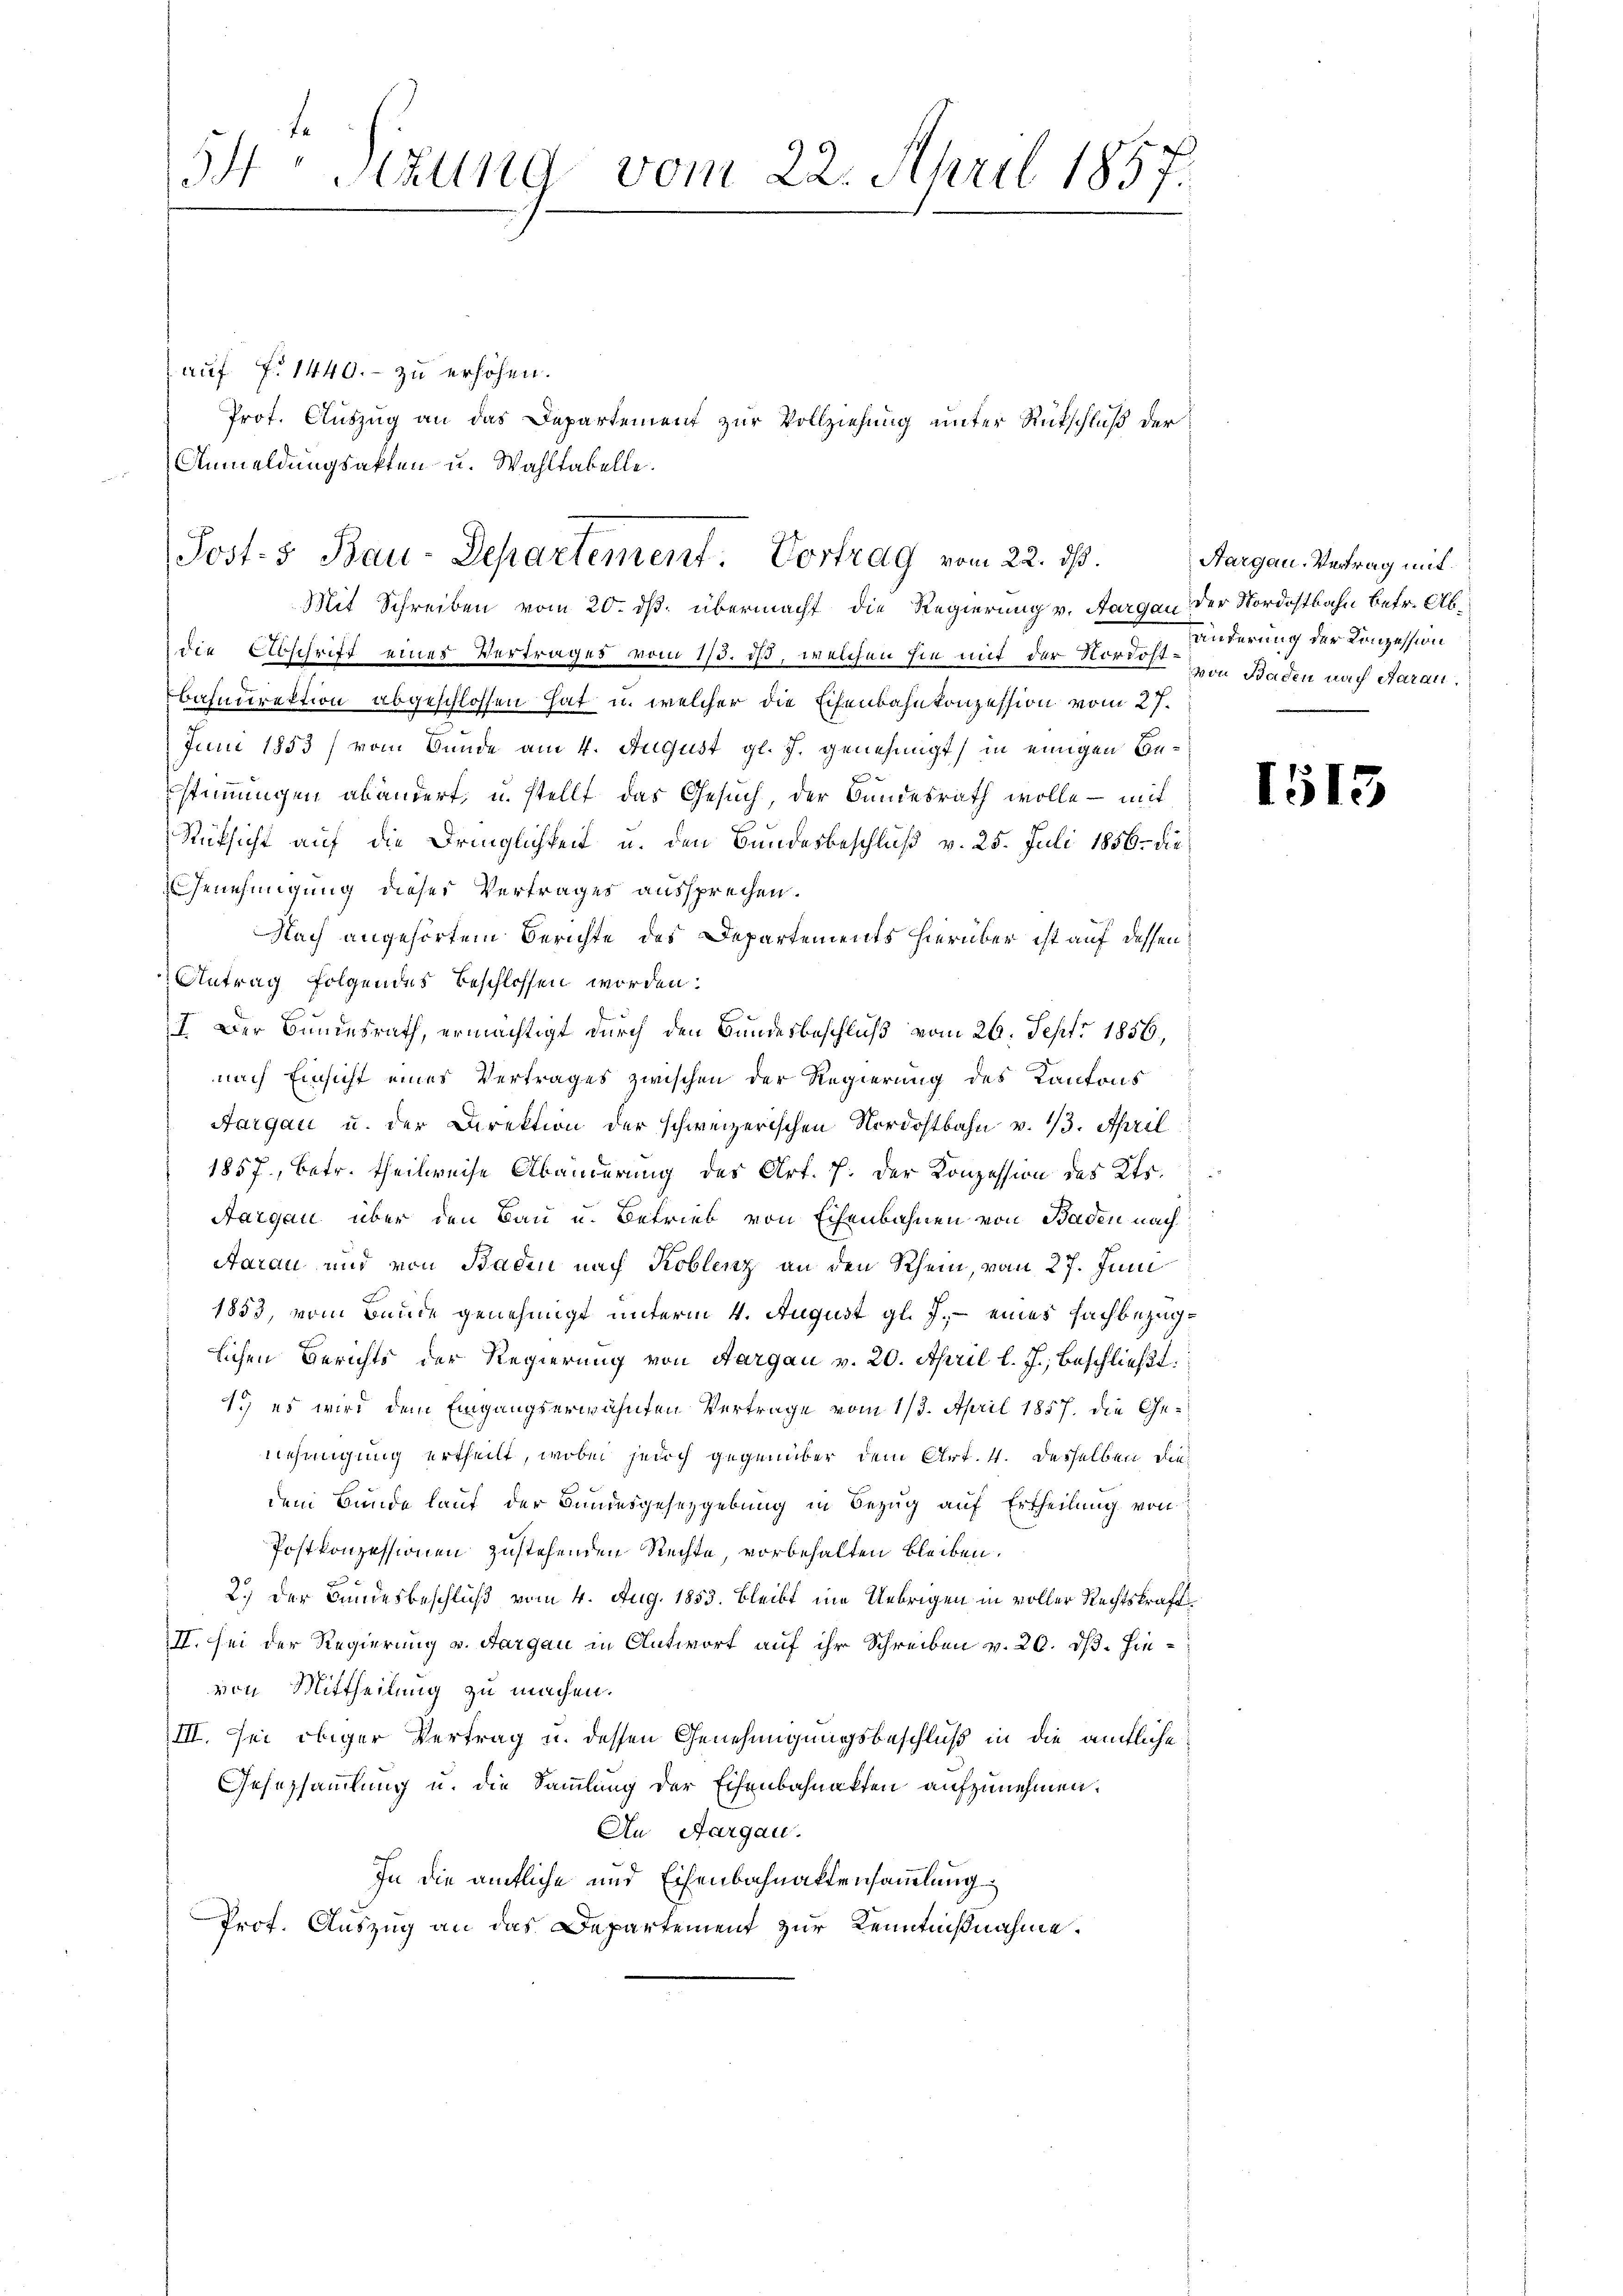
I. Sekung vom 22. April 1857.

auf §. 1440.- zu erhöhen.
Prot. Auszug an das Departement zur Vollziehung unter Rütschluß der
Anmeldungsakten u. Wahltabelle.

Sost- & Bau-Departement. Vortrag vom 22. ds.
Mit Schreiben vom 20. ds. übermacht die Regierung v. Aargau der Nordostbahn betr. Ab¬

die Abschrift eines Vertrages vom 1/3. ds, welchen hie mit der Nordost von Baden nach Aarau
Bahndirektion abgeschlossen hat u. welcher die Eisenbahnkonzession vom 27.
Juni 1853) vom Bunde am 4. August gl. J. genehmigt, in einigen Bestimmungen abändert, u. stellt das Gesuch, der Bundesrath wolle - mit
Rüksicht auf die Dringlichkeit u. den Bandesbeschluß v. 25. Juli 1856. die
Genehmigung dieser Vertrages aussprechen.
Nach angehörtem Berichte des Departements hierüber ist auf dessen
Antrag folgendes beschlossen worden:
7. Der Bundesrath, ermächtigt durch den Bundesbeschluß vom 26. Sept. 1856.
nach Einsicht eines Vertrages zwischen der Regierung des Kantons
Aargau u. der Direktion der schweizerischen Nordostbahn v. 13. April
1857, betr. theilweise Abänderung des Art. 7. der Konzession des Kts.
Aargau über den Bau u. Betrieb von Eisenbahnen von Baden nach
Aarau und von Baden nach Koblenz an den Rhein, vom 27. Juni
1853, vom Bunde genehmigt unterm 4. August gl. J., - eines Sachbezüglichen Berichts der Regierung von Aargau v. 20. April l. J., beschlieβt
1. es wird dem Eingangserwähnten Vertrage vom 1/3. April 1857. die Genehmigung ertheilt, wobei jedoch gegenüber dem Art. 4. desselben diedem Bunde lauf der Bundesgesetzgebung in Bezug auf Ertheilung von
Postkonzessionen zustehenden Rechte, vorbehalten bleiben.
2.) Der Bundesbeschluß vom 4. Aug. 1853. bleibt in Uebrigen in voller Rechtskraft¬
II. Sei der Regierung v. Aargau in Antwort auf ihr Schreiben v. 20. ds. Hinvon Mittheilung zu machen.
III. Sei obiger Vertrag u. dessen Genehmigungsbeschluß in die ämtliche
Gesetzsammlung u. die Sammlung der Eisenbahnakten aufzunehmen.
An Aargau.
In die ämtliche und Eisenbahnaktensammlung
Prof. Auszug an das Departement zur Kenntnißnahme.

Aargau-Vertrag mit
änderung der Konzession

1513